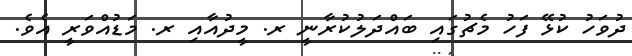
ދުވަހު ކުޅޭ ފަހު މެޗުގައި ބައްދަލުކުރާނީ ރ. މީދުއާއި ރ. މަޑުއްވަރީ އެވެ.